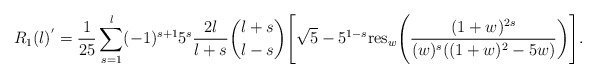
\begin{align*}R_{1}(l)^{'}=\frac{1}{25}\sum_{s=1}^{l}(-1)^{s+1} 5^{s} \frac{2l}{l+s}\binom {l+s} {l-s}\Bigg\lbrack \sqrt{5}-5^{1-s}\hbox{res}_w\Bigg(\frac{(1+w)^{2s}}{(w){^s}((1+w)^2-5w)}\bigg)\Bigg\rbrack.\end{align*}